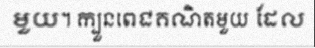
មួយ។ ក្បួនពេជគណិតមួយ ដែល